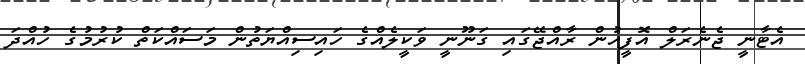
އެޓާނީ ޖެނެރަލް އޮފީހުން ރާއްޖޭގައި ގަނޫނީ ވަކީލެއްގެ ހައިސިއްޔަތުން މަސައްކަތް ކުރުމުގެ ހުއްދަ